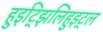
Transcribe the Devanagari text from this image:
हुइट्झिलिहुइट्ल